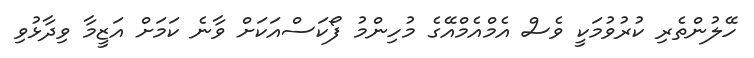
ހޭލުންތެރި ކުރުވުމަކީ ވެސް އެމްއެމްއޭގެ މުހިންމު ފޯކަސްއަކަށް ވާނެ ކަމަށް އަޒީމާ ވިދާޅުވި